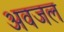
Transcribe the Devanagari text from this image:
अवजल